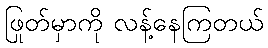
ဖြုတ်မှာကို လန့်နေကြတယ်